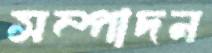
সম্পাদন